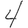
Digit: 4